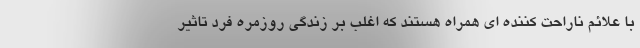
با علائم ناراحت کننده ای همراه هستند که اغلب بر زندگی روزمره فرد تاثیر